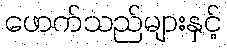
ဖောက်သည်များနှင့်